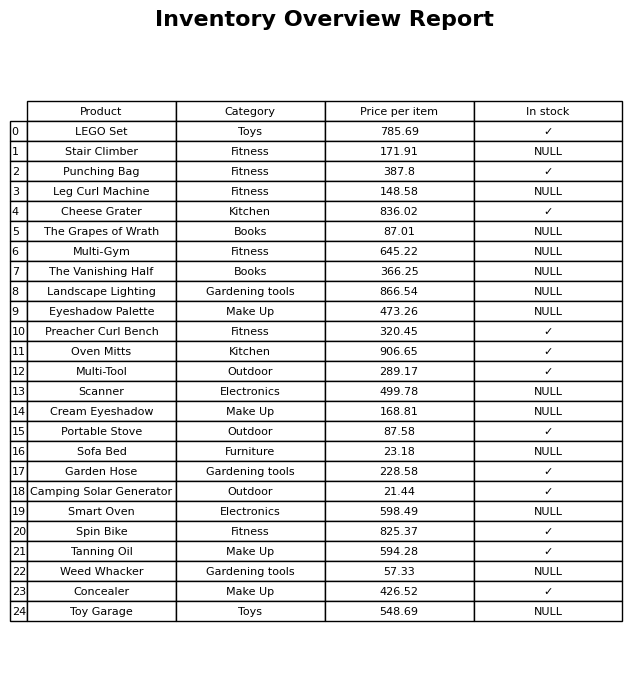
question: What category does the Scanner belong to?
answer: Electronics